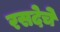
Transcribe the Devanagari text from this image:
रसदेचे